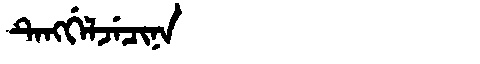
Manchu: ᡨᡝᠩᡤᡝᠯᠵᡝᠴᡳᠨᠠ
Romanization: TENGGELJECINA